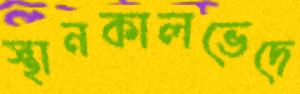
স্থানকালভেদে